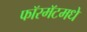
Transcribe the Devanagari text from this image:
फॉरमॅटमधे